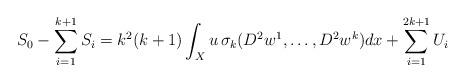
LaTeX: \begin{align*} S_0 - \sum_{i=1}^{k+1} S_i = k^2(k+1)\int_X u\,\sigma_{k}(D^2w^1,\dotsc,D^2w^{k}) dx+ \sum_{i=1}^{2k+1} U_i\end{align*}